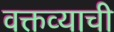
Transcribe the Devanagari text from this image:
वक्तव्याची